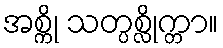
အစ္ကို သတ္ပစ္လိုက္တာ။